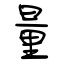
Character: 量